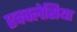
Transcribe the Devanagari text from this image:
एक्क्लेसिया